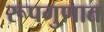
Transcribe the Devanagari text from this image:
रूपगुणात